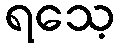
ရသေ့